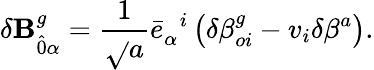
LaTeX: \delta\mathbf{B}_{\hat{{0}}\alpha}^{g}=\frac{{1}}{{\sqrt{}{{a}}}}{\bar{{e}}}_{\alpha}^{\; \; i}\left(\delta{\beta}_{oi}^{g}-v_{i}\delta\beta^{a}\right).